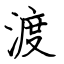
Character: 渡